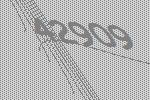
42909